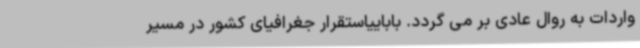
واردات به روال عادی بر می گردد. باباییاستقرار جغرافیای کشور در مسیر